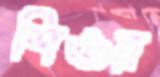
শিওর